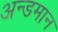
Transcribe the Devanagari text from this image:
अन्डमान